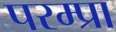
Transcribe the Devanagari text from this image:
परम्प्रा